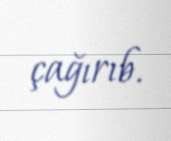
çağırıb.